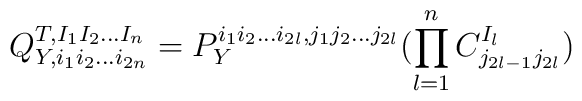
Q_{Y,i_1 i_2 ... i_{2n}}^{T, I_1 I_2 ... I_n} =  P_Y^{i_1 i_2 ...i_{2l}, j_1 j_2 ...j_{2l}} (\prod_{l=1}^n C_{j_{2l-1} j_{2l}}^{I_l})